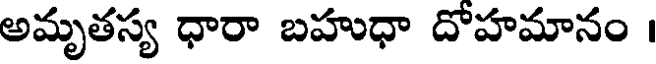
అమృతస్య ధారా బహుధా దోహమానం ।